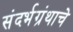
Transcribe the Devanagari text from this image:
संदर्भग्रंथाचे